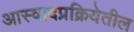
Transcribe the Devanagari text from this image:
आस्वादप्रक्रियेतील